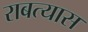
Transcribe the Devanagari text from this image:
राबत्यास